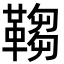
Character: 𩌄